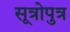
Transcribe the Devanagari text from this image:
सूत्रोपुत्र